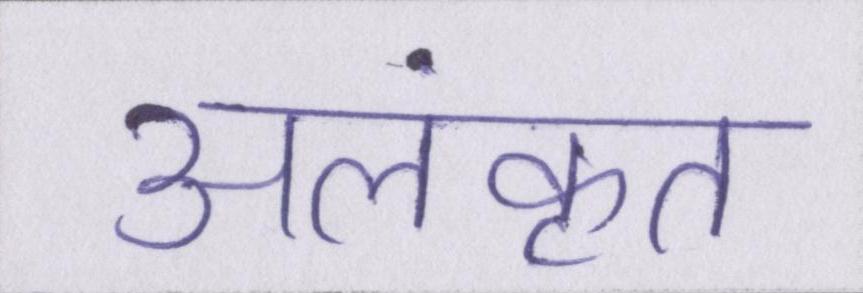
अलंकृत